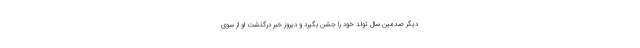
دیگر صدمین سال تولد خود را جشن بگیرد و دیروز خبر درگذشت او از سوی